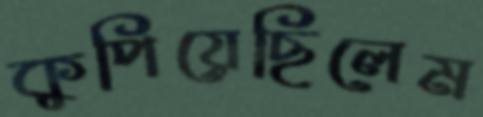
কুপিয়েছিলেম